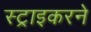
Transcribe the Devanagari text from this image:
स्ट्राइकरने